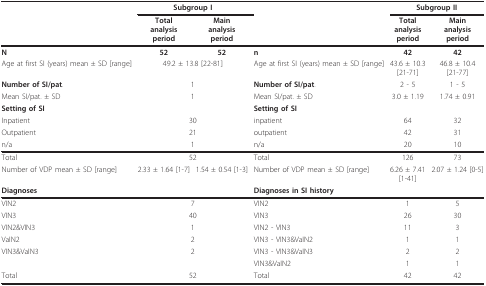
<table><thead><tr><td></td><td colspan="2"><b>Subgroup I</b></td><td></td><td colspan="2"><b>Subgroup II</b></td></tr><tr><td></td><td><b>Totalanalysisperiod</b></td><td><b>Mainanalysisperiod</b></td><td></td><td><b>Totalanalysisperiod</b></td><td><b>Mainanalysisperiod</b></td></tr></thead><tbody><tr><td><b>N</b></td><td><b>52</b></td><td><b>52</b></td><td><b>n</b></td><td><b>42</b></td><td><b>42</b></td></tr><tr><td>Age at first SI (years) mean ± SD [range]</td><td colspan="2">49.2 ± 13.8 [22-81]</td><td>Age at first SI (years) mean ± SD [range]</td><td>43.6 ± 10.3 [21-71]</td><td>46.8 ± 10.4 [21-77]</td></tr><tr><td><b>Number of SI/pat</b>.</td><td colspan="2">1</td><td><b>Number of SI/pat</b>.</td><td>2 - 5</td><td>1 - 5</td></tr><tr><td>Mean SI/pat. ± SD</td><td colspan="2">1</td><td>Mean SI/pat. ± SD</td><td>3.0 ± 1.19</td><td>1.74 ± 0.91</td></tr><tr><td><b>Setting of SI</b></td><td></td><td></td><td><b>Setting of SI</b></td><td></td><td></td></tr><tr><td>Inpatient</td><td colspan="2">30</td><td>inpatient</td><td>64</td><td>32</td></tr><tr><td>Outpatient</td><td colspan="2">21</td><td>outpatient</td><td>42</td><td>31</td></tr><tr><td>n/a</td><td colspan="2">1</td><td>n/a</td><td>20</td><td>10</td></tr><tr><td>Total</td><td colspan="2">52</td><td>Total</td><td>126</td><td>73</td></tr><tr><td>Number of VDP mean ± SD [range]</td><td>2.33 ± 1.64 [1-7]</td><td>1.54 ± 0.54 [1-3]</td><td>Number of VDP mean ± SD [range]</td><td>6.26 ± 7.41 [1-41]</td><td>2.07 ± 1.24 [0-5]</td></tr><tr><td colspan="3"><b>Diagnoses</b></td><td colspan="3"><b>Diagnoses in SI history</b></td></tr><tr><td>VIN2</td><td colspan="2">7</td><td>VIN2</td><td>1</td><td>5</td></tr><tr><td>VIN3</td><td colspan="2">40</td><td>VIN3</td><td>26</td><td>30</td></tr><tr><td>VIN2&amp;VIN3</td><td colspan="2">1</td><td>VIN2 - VIN3</td><td>11</td><td>3</td></tr><tr><td>VaIN2</td><td colspan="2">2</td><td>VIN3 - VIN3&amp;VaIN2</td><td>1</td><td>1</td></tr><tr><td>VIN3&amp;VaIN3</td><td colspan="2">2</td><td>VIN3 - VIN3&amp;VaIN3</td><td>2</td><td>2</td></tr><tr><td></td><td></td><td></td><td>VIN3&amp;VaIN2</td><td>1</td><td>1</td></tr><tr><td>Total</td><td colspan="2">52</td><td>Total</td><td>42</td><td>42</td></tr></tbody></table>